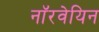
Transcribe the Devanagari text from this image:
नाॅरवेयिन